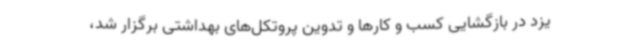
یزد در بازگشایی کسب و کارها و تدوین پروتکل‌های بهداشتی برگزار شد،